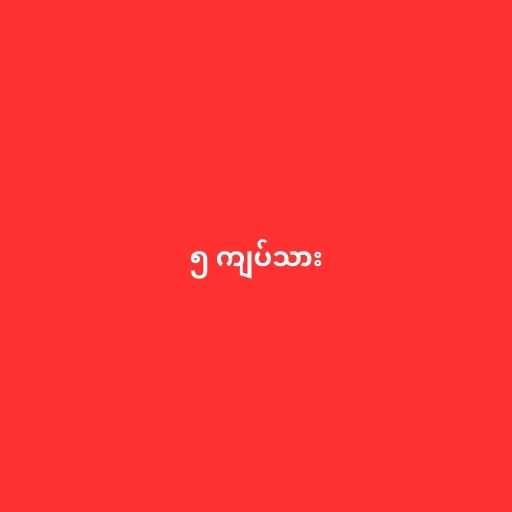
၅ ကျပ်သား